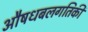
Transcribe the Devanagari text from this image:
औषधबलगतिकी